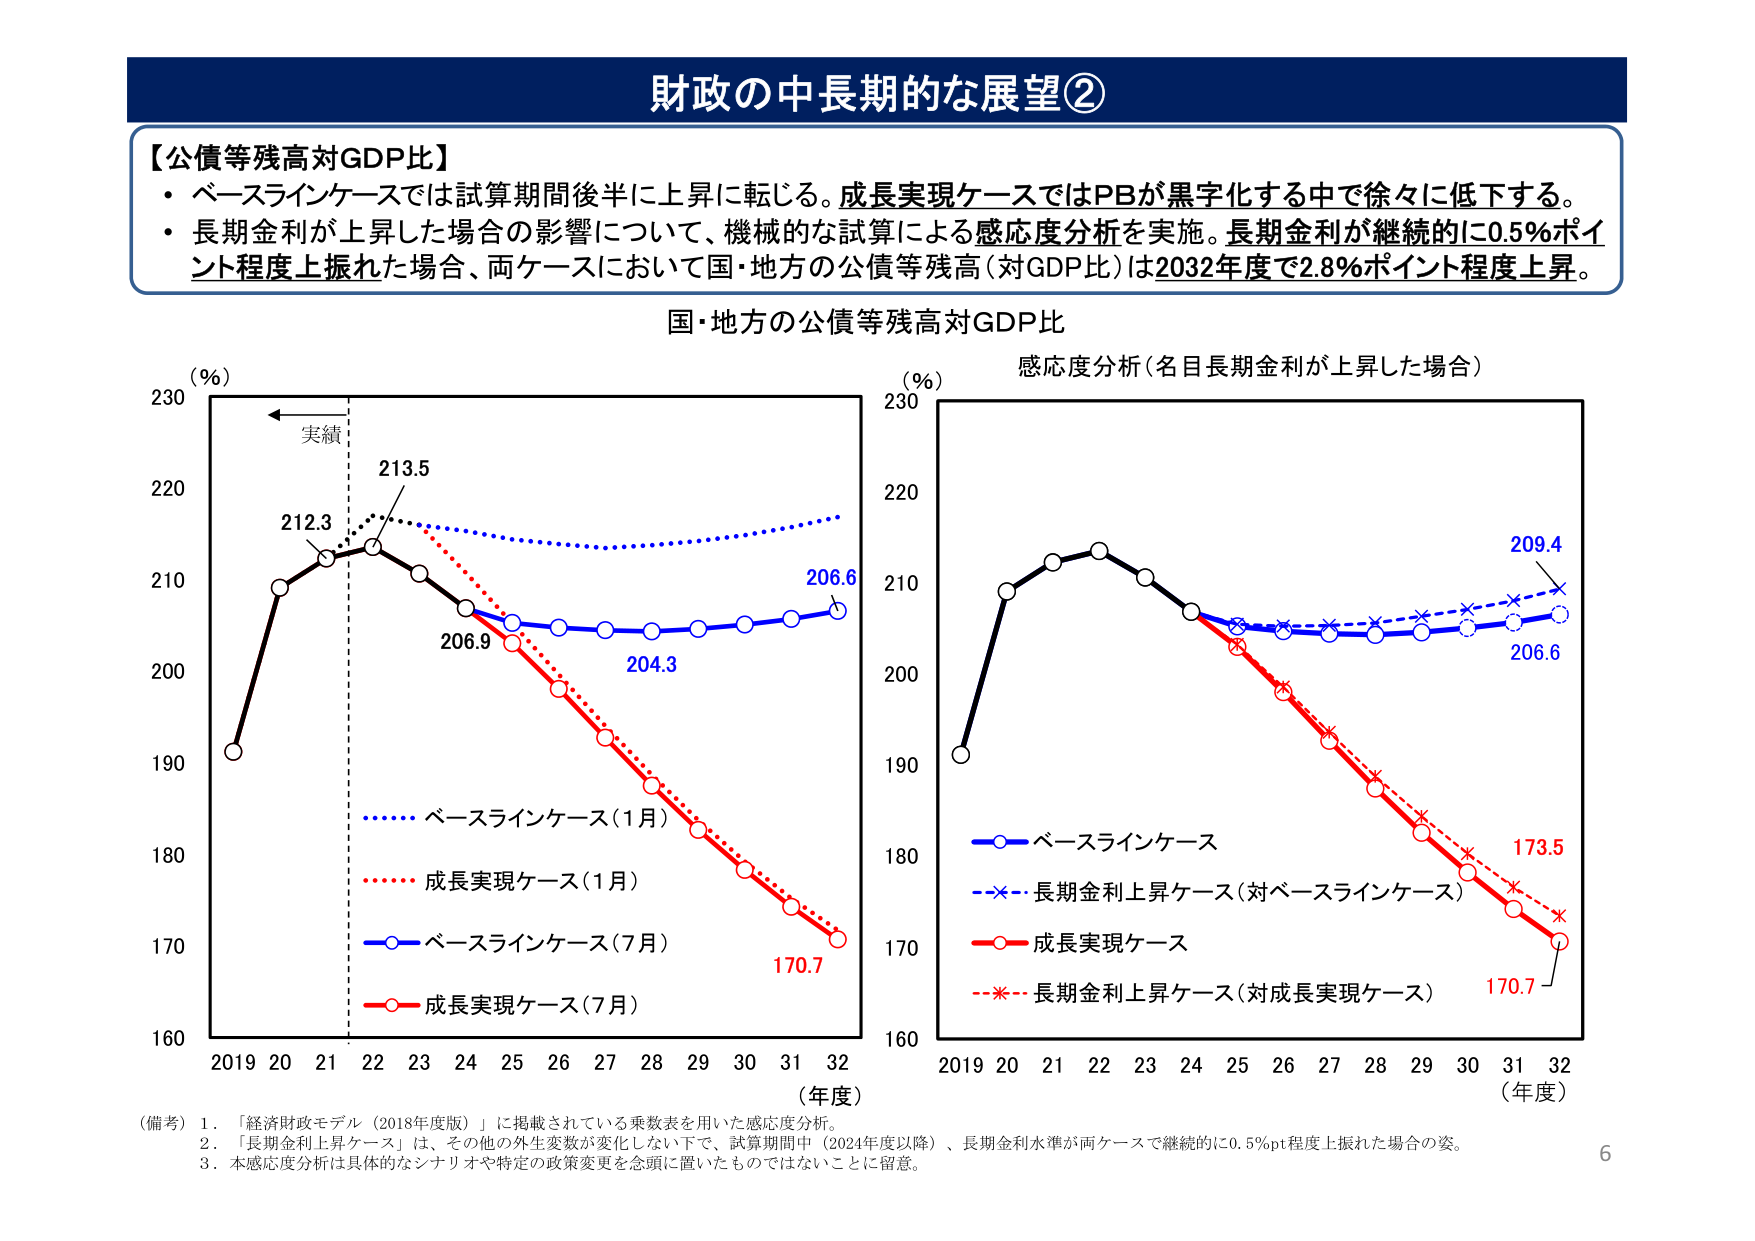
財政の中長期的な展望②

【公債等残高対GDP比】
・ベースラインケースでは試算期間後半に上昇に転じる。成長実現ケースではPBが黒字化する中で徐々に低下する。
・長期金利が上昇した場合の影響について、機械的な試算による感応度分析を実施。長期金利が継続的に0.5%ポイント程度上振れた場合、両ケースにおいて国・地方の公債等残高（対GDP比）は2032年度で2.8%ポイント程度上昇。

国・地方の公債等残高対GDP比

（％）
230
220
210
200
190
180
170
160
2019 20 21 22 23 24 25 26 27 28 29 30 31 32
（年度）

実績
212.3
213.5
206.9
204.3
206.6
170.7

・・・・・・ ベースラインケース（1月）
・・・・・・ 成長実現ケース（1月）
○－○ ベースラインケース（7月）
○－○ 成長実現ケース（7月）

感応度分析（名目長期金利が上昇した場合）

（％）
230
220
210
200
190
180
170
160
2019 20 21 22 23 24 25 26 27 28 29 30 31 32
（年度）

○－○ ベースラインケース
×－× 長期金利上昇ケース（対ベースラインケース）
○－○ 成長実現ケース
＊－＊ 長期金利上昇ケース（対成長実現ケース）

209.4
206.6
173.5
170.7

（備考）1．「経済財政モデル（2018年度版）」に掲載されている乗数表を用いた感応度分析。
2．「長期金利上昇ケース」は、その他の外生変数が変化しない下で、試算期間中（2024年度以降）、長期金利水準が両ケースで継続的に0.5%pt程度上振れた場合の姿。
3．本感応度分析は具体的なシナリオや特定の政策変更を念頭に置いたものではないことに留意。

6